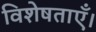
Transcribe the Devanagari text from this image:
विशेषताएँ।